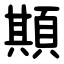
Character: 䫏